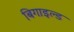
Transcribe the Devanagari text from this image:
बिगाइल्ड